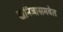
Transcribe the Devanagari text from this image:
खनिजासमवेत